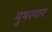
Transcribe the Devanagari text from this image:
मुथरयार